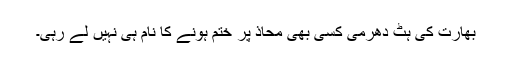
بھارت کی ہٹ دھرمی کسی بھی محاذ پر ختم ہونے کا نام ہی نہیں لے رہی۔